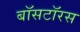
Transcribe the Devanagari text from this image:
बॉसटॉरस